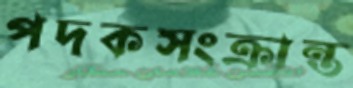
পদকসংক্রান্ত